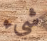
شيء